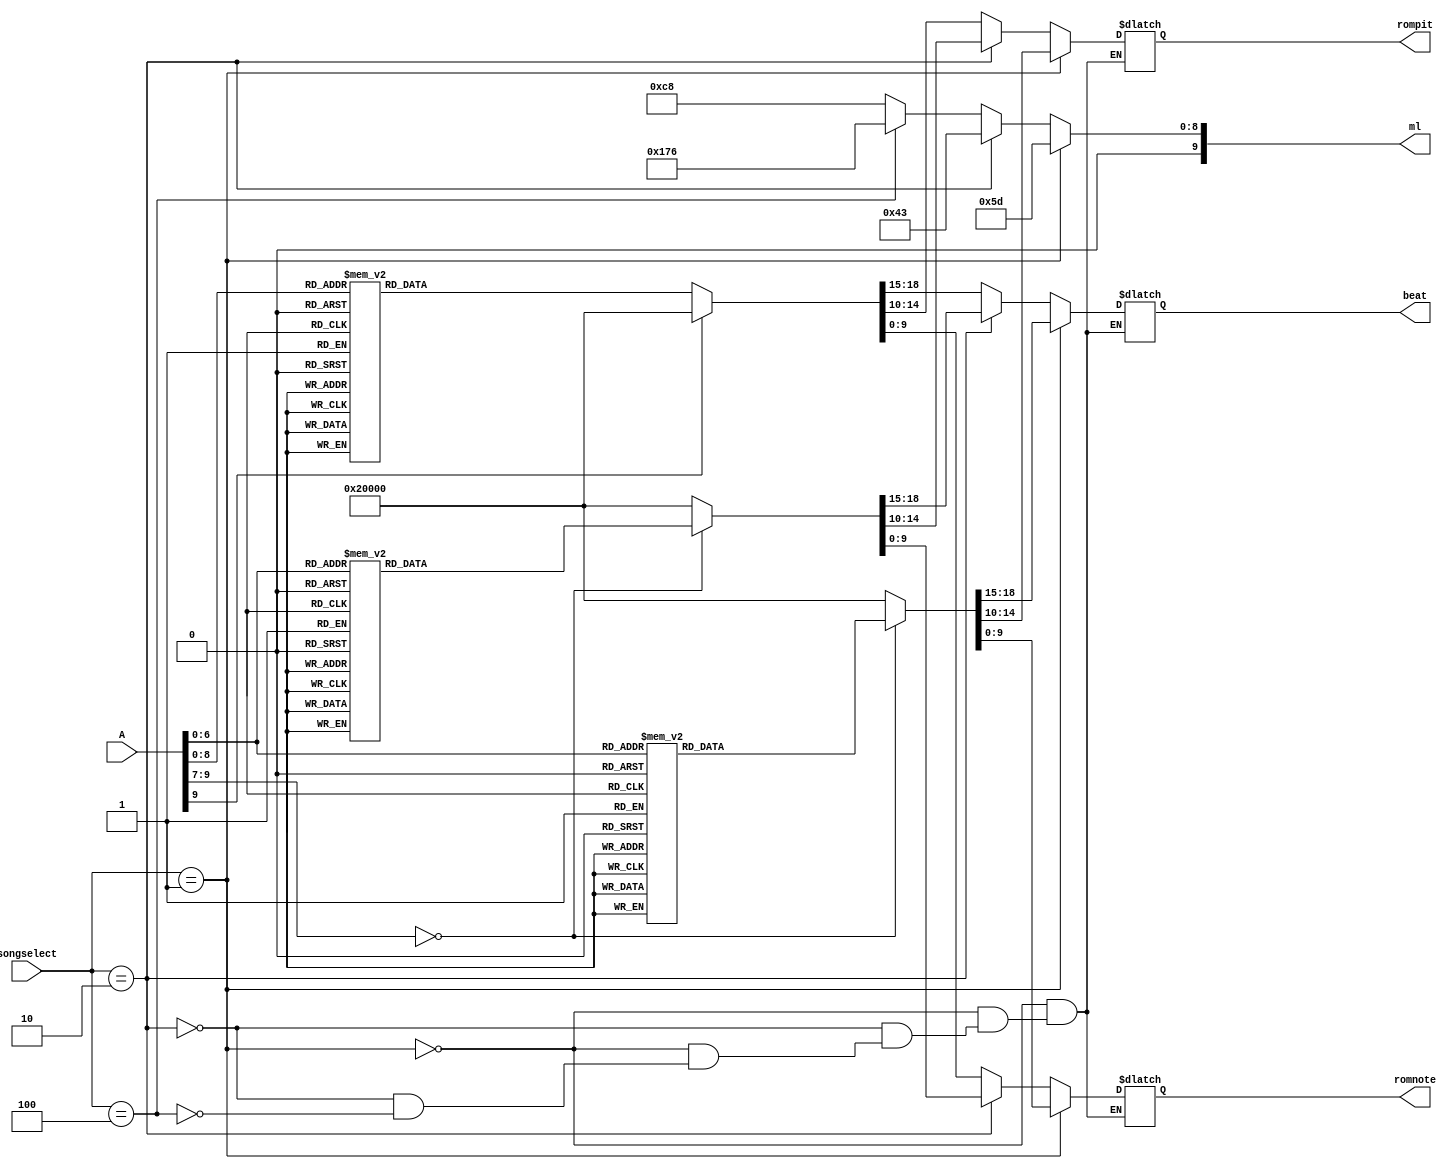
`timescale 1ns / 1ps
//////////////////////////////////////////////////////////////////////////////////
// Company: 
// Engineer: 
// 
// Design Name: 
// Module Name: Rom
// Project Name: 
// Target Devices: 
// Tool Versions: 
// Description: 
// 
// Dependencies: 
// 
// Revision:
// Revision 0.01 - File Created
// Additional Comments:
// 
//////////////////////////////////////////////////////////////////////////////////


module Rom(
    input[9:0] A,
    input [2:0]songselect,
    output reg[9:0] ml,
    output reg[9:0]  romnote,
    output reg[4:0]  rompit,
    output reg[3:0] beat
    );
    parameter ITV = 10'b0000000000;
    parameter H1 = 10'b1000000000;
    parameter M7 = 10'b0100000000;
    parameter M6 = 10'b0010000000;
    parameter M5 = 10'b0001000000;
    parameter M4 = 10'b0000100000;
    parameter M3 = 10'b0000010000;
    parameter M2 = 10'b0000001000;
    parameter M1 = 10'b0000000100;
    parameter L7 = 10'b0000000010;
    parameter L6 = 10'b0000000001;
    always@(A or songselect) begin
        if(songselect==3'b001) begin
            ml = 10'd93;
    case(A)
    0: begin romnote = L6; rompit = 17; beat = 4; end
    1: begin romnote = ITV; rompit = 17; beat = 4; end
    2: begin romnote = L6; rompit = 17; beat = 4; end
    3: begin romnote = M3; rompit = 17; beat = 4; end
    4: begin romnote = M2; rompit = 17; beat = 4; end
    5: begin romnote = ITV; rompit = 17; beat = 4; end
    6: begin romnote = M1; rompit = 17; beat = 4; end
    7: begin romnote = ITV; rompit = 17; beat = 4; end
    8: begin romnote = L7; rompit = 17; beat = 4; end
    9: begin romnote = ITV; rompit = 17; beat = 4; end
    10: begin romnote = L7; rompit = 17; beat = 2; end
    11: begin romnote = ITV; rompit = 17; beat = 2; end
    12: begin romnote = L7; rompit = 17; beat = 2; end
    13: begin romnote = ITV; rompit = 17; beat = 2; end
    14: begin romnote = M2; rompit = 17; beat = 4; end
    15: begin romnote = ITV; rompit = 17; beat = 4; end
    16: begin romnote = M1; rompit = 17; beat = 4; end
    17: begin romnote = L7; rompit = 17; beat = 4; end
    18: begin romnote = L6; rompit = 17; beat = 4; end
    19: begin romnote = ITV; rompit = 17; beat = 4; end
    20: begin romnote = L6; rompit = 17; beat = 4; end
    21: begin romnote = H1; rompit = 17; beat = 4; end
    22: begin romnote = M7; rompit = 17; beat = 4; end
    23: begin romnote = H1; rompit = 17; beat = 4; end
    24: begin romnote = M7; rompit = 17; beat = 4; end
    25: begin romnote = H1; rompit = 17; beat = 4; end
    26: begin romnote = L6; rompit = 17; beat = 4; end
    27: begin romnote = ITV; rompit = 17; beat = 4; end
    28: begin romnote = L6; rompit = 17; beat = 4; end
    29: begin romnote = H1; rompit = 17; beat = 4; end
    30: begin romnote = M7; rompit = 17; beat = 4; end
    31: begin romnote = H1; rompit = 17; beat = 4; end
    32: begin romnote = M7; rompit = 17; beat = 4; end
    33: begin romnote = H1; rompit = 17; beat = 4; end
    34: begin romnote = M1; rompit = 17; beat = 3; end
    35: begin romnote = ITV; rompit = 17; beat = 1; end
    36: begin romnote = M1; rompit = 17; beat = 3; end
    37: begin romnote = ITV; rompit = 17; beat = 1; end
    38: begin romnote = M1; rompit = 17; beat = 3; end
    39: begin romnote = ITV; rompit = 17; beat = 1; end
    40: begin romnote = M1; rompit = 17; beat = 3; end
    41: begin romnote = ITV; rompit = 17; beat = 1; end
    42: begin romnote = M3; rompit = 17; beat = 3; end
    43: begin romnote = ITV; rompit = 17; beat = 1; end
    44: begin romnote = M3; rompit = 17; beat = 3; end
    45: begin romnote = ITV; rompit = 17; beat = 1; end
    46: begin romnote = M3; rompit = 17; beat = 3; end
    47: begin romnote = ITV; rompit = 17; beat = 1; end
    48: begin romnote = M3; rompit = 17; beat = 3; end
    49: begin romnote = ITV; rompit = 17; beat = 1; end
    50: begin romnote = M2; rompit = 17; beat = 3; end
    51: begin romnote = ITV; rompit = 17; beat = 1; end
    52: begin romnote = M2; rompit = 17; beat = 3; end
    53: begin romnote = ITV; rompit = 17; beat = 1; end
    54: begin romnote = M2; rompit = 17; beat = 3; end
    55: begin romnote = ITV; rompit = 17; beat = 1; end
    56: begin romnote = M2; rompit = 17; beat = 3; end
    57: begin romnote = ITV; rompit = 17; beat = 1; end
    58: begin romnote = M5; rompit = 17; beat = 3; end
    59: begin romnote = ITV; rompit = 17; beat = 1; end
    60: begin romnote = M5; rompit = 17; beat = 3; end
    61: begin romnote = ITV; rompit = 17; beat = 1; end
    62: begin romnote = M5; rompit = 17; beat = 3; end
    63: begin romnote = ITV; rompit = 17; beat = 1; end
    64: begin romnote = M5; rompit = 17; beat = 3; end
    65: begin romnote = ITV; rompit = 17; beat = 1; end
    66: begin romnote = M6; rompit = 17; beat = 3; end
    67: begin romnote = ITV; rompit = 17; beat = 1; end
    68: begin romnote = M6; rompit = 17; beat = 3; end
    69: begin romnote = ITV; rompit = 17; beat = 1; end
    70: begin romnote = M6; rompit = 17; beat = 3; end
    71: begin romnote = ITV; rompit = 17; beat = 1; end
    72: begin romnote = M6; rompit = 17; beat = 3; end
    73: begin romnote = ITV; rompit = 17; beat = 1; end
    74: begin romnote = M6; rompit = 17; beat = 3; end
    75: begin romnote = ITV; rompit = 17; beat = 1; end
    76: begin romnote = M6; rompit = 17; beat = 3; end
    77: begin romnote = ITV; rompit = 17; beat = 1; end
    78: begin romnote = M6; rompit = 17; beat = 3; end
    79: begin romnote = ITV; rompit = 17; beat = 1; end
    80: begin romnote = M6; rompit = 17; beat = 3; end
    81: begin romnote = ITV; rompit = 17; beat = 1; end
    82: begin romnote = M6; rompit = 17; beat = 3; end
    83: begin romnote = ITV; rompit = 17; beat = 1; end
    84: begin romnote = M6; rompit = 17; beat = 3; end
    85: begin romnote = ITV; rompit = 17; beat = 1; end
    86: begin romnote = M6; rompit = 17; beat = 3; end
    87: begin romnote = ITV; rompit = 17; beat = 1; end
    88: begin romnote = M6; rompit = 17; beat = 3; end
    89: begin romnote = ITV; rompit = 17; beat = 1; end
    90: begin romnote = M2; rompit = 17; beat = 4; end
    91: begin romnote = M1; rompit = 17; beat = 4; end
    92: begin romnote = L7; rompit = 17; beat = 4; end
    93: begin romnote = L6; rompit = 15; beat = 4; end
    default:begin romnote = ITV;rompit = 0;beat = 4;end
    endcase
    end
    
    else if(songselect==3'b010) begin
        ml = 10'd67;
    case(A)
    0:begin romnote = ITV;rompit = 0;beat = 4;end
    1:begin romnote = ITV;rompit = 0;beat = 4;end    
    2:begin romnote = ITV;rompit = 0;beat = 4;end
    3:begin romnote = M6;rompit = 0;beat = 4;end
    4:begin romnote = M3;rompit = 12;beat = 3;end
    5:begin romnote = M3;rompit = 12;beat = 3;end
    6:begin romnote = M3;rompit = 12;beat = 3;end
    7:begin romnote = M3;rompit = 12;beat = 9;end
    8:begin romnote = ITV;rompit = 0;beat = 3;end
    9:begin romnote = M2;rompit = 12;beat = 4;end
    10:begin romnote = M1;rompit = 12;beat = 4;end
    11:begin romnote = M2;rompit = 12;beat = 4;end
    12:begin romnote = M1;rompit = 12;beat = 4;end
    13:begin romnote = L7;rompit = 12;beat = 4;end
    14:begin romnote = L6;rompit = 12;beat = 12;end
    15:begin romnote = ITV;rompit = 0;beat = 4;end
    16:begin romnote = M6;rompit = 12;beat = 3;end
    17:begin romnote = ITV;rompit = 0;beat = 1;end
    18:begin romnote = M6;rompit = 12;beat = 4;end
    19:begin romnote = ITV;rompit = 0;beat = 1;end
    20:begin romnote = M6;rompit = 12;beat = 3;end
    21:begin romnote = ITV;rompit = 0;beat = 1;end
    22:begin romnote = M6;rompit = 12;beat = 4;end
    23:begin romnote = ITV;rompit = 0;beat = 1;end
    24:begin romnote = M6;rompit = 12;beat = 9;end
    25:begin romnote = ITV;rompit = 0;beat = 2;end
    26:begin romnote = M5;rompit = 12;beat = 4;end
    27:begin romnote = M3;rompit = 12;beat = 4;end
    28:begin romnote = M5;rompit = 12;beat = 3;end
    29:begin romnote = M5;rompit = 12;beat = 3;end
    30:begin romnote = M4;rompit = 13;beat = 4;end
    31:begin romnote = M3;rompit = 12;beat = 12;end
    32:begin romnote = ITV;rompit = 0;beat = 1;end
    33:begin romnote = M3;rompit = 12;beat = 3;end
    34:begin romnote = M6;rompit = 12;beat = 3;end
    35:begin romnote = ITV;rompit = 0;beat = 1;end
    36:begin romnote = M6;rompit = 12;beat = 3;end
    37:begin romnote = ITV;rompit = 0;beat = 1;end
    38:begin romnote = M5;rompit = 12;beat = 3;end
    39:begin romnote = M3;rompit = 12;beat = 12;end
    40:begin romnote = M2;rompit = 12;beat = 3;end
    41:begin romnote = ITV;rompit = 0;beat = 1;end
    42:begin romnote = M1;rompit = 12;beat = 3;end
    43:begin romnote = ITV;rompit = 0;beat = 1;end
    44:begin romnote = M2;rompit = 12;beat = 3;end
    45:begin romnote = ITV;rompit = 0;beat = 1;end
    46:begin romnote = M1;rompit = 12;beat = 3;end
    47:begin romnote = L7;rompit = 12;beat = 3;end
    48:begin romnote = L6;rompit = 12;beat = 6;end
    49:begin romnote = M3;rompit = 0;beat = 6;end
    50:begin romnote = ITV;rompit = 0;beat = 1;end
    51:begin romnote = M3;rompit = 0;beat = 3;end
    52:begin romnote = ITV;rompit = 0;beat = 1;end
    53:begin romnote = H1;rompit = 0;beat = 3;end
    54:begin romnote = ITV;rompit = 0;beat = 1;end
    55:begin romnote = H1;rompit = 0;beat = 3;end 
    56:begin romnote = ITV;rompit = 0;beat = 1;end
    57:begin romnote = M7;rompit = 0;beat = 3;end
    58:begin romnote = ITV;rompit = 0;beat = 1;end
    59:begin romnote = M6;rompit = 0;beat = 12;end
    60:begin romnote = ITV;rompit = 0;beat = 1;end
    61:begin romnote = M3;rompit = 12;beat = 4;end
    62:begin romnote = M2;rompit = 12;beat = 4;end
    63:begin romnote = M1;rompit = 12;beat = 4;end
    64:begin romnote = M7;rompit = 0;beat = 4;end 
    65:begin romnote = M5;rompit = 0;beat = 4;end
    66:begin romnote = M6;rompit = 0;beat = 12;end
    67:begin romnote = ITV;rompit = 0;beat = 4;end
    default:begin romnote = ITV;rompit = 0;beat = 4;end
    endcase
    end
    else if(songselect==3'b100) begin
    ml = 10'd374;
    case(A)
    0: begin romnote = L6; rompit = 11; beat = 4; end
    1: begin romnote = ITV; rompit = 11; beat = 4; end
    2: begin romnote = L6; rompit = 11; beat = 4; end
    3: begin romnote = M1; rompit = 11; beat = 4; end
    4: begin romnote = ITV; rompit = 11; beat = 4; end
    5: begin romnote = M1; rompit = 11; beat = 4; end
    6: begin romnote = ITV; rompit = 11; beat = 4; end
    7: begin romnote = M2; rompit = 11; beat = 4; end
    8: begin romnote = ITV; rompit = 11; beat = 4; end
    9: begin romnote = M2; rompit = 11; beat = 4; end
    10: begin romnote = ITV; rompit = 11; beat = 4; end
    11: begin romnote = M5; rompit = 11; beat = 3; end
    12: begin romnote = ITV; rompit = 11; beat = 1; end
    13: begin romnote = M5; rompit = 11; beat = 4; end
    14: begin romnote = M4; rompit = 12; beat = 3; end
    15: begin romnote = ITV; rompit = 11; beat = 1; end
    16: begin romnote = M4; rompit = 12; beat = 6; end
    17: begin romnote = ITV; rompit = 11; beat = 2; end
    18: begin romnote = L6|M1; rompit = 11; beat = 4; end
    19: begin romnote = ITV; rompit = 11; beat = 4; end
    20: begin romnote = M1; rompit = 11; beat = 1; end
    21: begin romnote = ITV; rompit = 11; beat = 1; end
    22: begin romnote = M1; rompit = 11; beat = 1; end
    23: begin romnote = M1|M3; rompit = 11; beat = 4; end
    24: begin romnote = ITV; rompit = 11; beat = 4; end
    25: begin romnote = M1|M3; rompit = 11; beat = 4; end
    26: begin romnote = ITV; rompit = 11; beat = 4; end
    27: begin romnote = M1|M3; rompit = 11; beat = 4; end
    28: begin romnote = ITV; rompit = 11; beat = 4; end
    29: begin romnote = M2; rompit = 11; beat = 4; end
    30: begin romnote = ITV; rompit = 11; beat = 4; end
    31: begin romnote = M5; rompit = 11; beat = 3; end
    32: begin romnote = ITV; rompit = 11; beat = 1; end
    33: begin romnote = M5; rompit = 11; beat = 3; end
    34: begin romnote = ITV; rompit = 11; beat = 1; end
    35: begin romnote = M5; rompit = 11; beat = 3; end
    36: begin romnote = ITV; rompit = 11; beat = 1; end
    37: begin romnote = M4|M6; rompit = 11; beat = 6; end
    38: begin romnote = ITV; rompit = 11; beat = 2; end
    39: begin romnote = L6; rompit = 11; beat = 4; end
    40: begin romnote = ITV; rompit = 11; beat = 4; end
    41: begin romnote = L6; rompit = 11; beat = 4; end
    42: begin romnote = M1; rompit = 11; beat = 4; end
    43: begin romnote = ITV; rompit = 11; beat = 4; end
    44: begin romnote = M1; rompit = 11; beat = 4; end
    45: begin romnote = ITV; rompit = 11; beat = 4; end
    46: begin romnote = M2; rompit = 11; beat = 4; end
    47: begin romnote = ITV; rompit = 11; beat = 4; end
    48: begin romnote = M2; rompit = 11; beat = 4; end
    49: begin romnote = ITV; rompit = 11; beat = 4; end
    50: begin romnote = M5; rompit = 11; beat = 3; end
    51: begin romnote = ITV; rompit = 11; beat = 1; end
    52: begin romnote = M5; rompit = 11; beat = 4; end
    53: begin romnote = M4; rompit = 12; beat = 3; end
    54: begin romnote = ITV; rompit = 11; beat = 1; end
    55: begin romnote = M4; rompit = 12; beat = 6; end
    56: begin romnote = ITV; rompit = 11; beat = 2; end
    57: begin romnote = L6|M1; rompit = 11; beat = 4; end
    58: begin romnote = ITV; rompit = 11; beat = 4; end
    59: begin romnote = M1; rompit = 11; beat = 1; end
    60: begin romnote = ITV; rompit = 11; beat = 1; end
    61: begin romnote = M1; rompit = 11; beat = 1; end
    62: begin romnote = M1|M3; rompit = 11; beat = 4; end
    63: begin romnote = ITV; rompit = 11; beat = 4; end
    64: begin romnote = M1|M3; rompit = 11; beat = 4; end
    65: begin romnote = M5; rompit = 11; beat = 4; end
    66: begin romnote = ITV; rompit = 11; beat = 4; end
    67: begin romnote = M5; rompit = 11; beat = 4; end
    68: begin romnote = M4; rompit = 12; beat = 4; end
    69: begin romnote = ITV; rompit = 11; beat = 4; end
    70: begin romnote = M4; rompit = 12; beat = 12; end
    71: begin romnote = ITV; rompit = 11; beat = 8; end
    72: begin romnote = L6; rompit = 11; beat = 4; end
    73: begin romnote = ITV; rompit = 11; beat = 4; end
    74: begin romnote = M1; rompit = 11; beat = 4; end
    75: begin romnote = L6; rompit = 9; beat = 4; end
    76: begin romnote = ITV; rompit = 11; beat = 4; end
    77: begin romnote = L6; rompit = 11; beat = 2; end
    78: begin romnote = L6|L7; rompit = 11; beat = 2; end
    79: begin romnote = L6|M1; rompit = 11; beat = 2; end
    80: begin romnote = L6|L7; rompit = 11; beat = 2; end
    81: begin romnote = L6; rompit = 11; beat = 2; end
    82: begin romnote = L6; rompit = 9; beat = 2; end
    83: begin romnote = L6; rompit = 11; beat = 4; end
    84: begin romnote = ITV; rompit = 11; beat = 4; end
    85: begin romnote = M1; rompit = 11; beat = 4; end
    86: begin romnote = L6; rompit = 9; beat = 4; end
    87: begin romnote = ITV; rompit = 11; beat = 4; end
    88: begin romnote = L6; rompit = 11; beat = 4; end
    89: begin romnote = L6|M2; rompit = 6; beat = 4; end
    90: begin romnote = L6; rompit = 9; beat = 4; end
    91: begin romnote = L6; rompit = 11; beat = 4; end
    92: begin romnote = ITV; rompit = 11; beat = 4; end
    93: begin romnote = L6; rompit = 9; beat = 3; end
    94: begin romnote = ITV; rompit = 9; beat = 1; end
    95: begin romnote = L6|L7; rompit = 9; beat = 4; end
    96: begin romnote = ITV; rompit = 9; beat = 4; end
    97: begin romnote = L6; rompit = 7; beat = 4; end
    98: begin romnote = L6|M1; rompit = 7; beat = 4; end
    99: begin romnote = ITV; rompit = 11; beat = 4; end
    100: begin romnote = M1|M3; rompit = 6; beat = 4; end
    101: begin romnote = ITV; rompit = 11; beat = 4; end
    102: begin romnote = L6|L7; rompit = 11; beat = 3; end
    103: begin romnote = ITV; rompit = 11; beat = 1; end
    104: begin romnote = L6; rompit = 11; beat = 4; end
    105: begin romnote = L6; rompit = 11; beat = 4; end
    106: begin romnote = L6; rompit = 9; beat = 4; end
    107: begin romnote = M3; rompit = 11; beat = 4; end
    108: begin romnote = ITV; rompit = 11; beat = 4; end
    109: begin romnote = L6; rompit = 11; beat = 4; end
    110: begin romnote = ITV; rompit = 11; beat = 4; end
    111: begin romnote = M1; rompit = 11; beat = 4; end
    112: begin romnote = L6; rompit = 9; beat = 4; end
    113: begin romnote = ITV; rompit = 11; beat = 4; end
    114: begin romnote = L6; rompit = 11; beat = 2; end
    115: begin romnote = L6|L7; rompit = 11; beat = 2; end
    116: begin romnote = L6|M1; rompit = 11; beat = 2; end
    117: begin romnote = L6|L7; rompit = 11; beat = 2; end
    118: begin romnote = L6; rompit = 11; beat = 2; end
    119: begin romnote = L6; rompit = 9; beat = 2; end
    120: begin romnote = L6; rompit = 11; beat = 3; end
    121: begin romnote = ITV; rompit = 11; beat = 1; end
    122: begin romnote = L6; rompit = 11; beat = 4; end
    123: begin romnote = M1; rompit = 11; beat = 4; end
    124: begin romnote = L6; rompit = 11; beat = 4; end
    125: begin romnote = ITV; rompit = 11; beat = 4; end
    126: begin romnote = L6|M1; rompit = 11; beat = 4; end
    127: begin romnote = M1; rompit = 11; beat = 3; end
    128: begin romnote = ITV; rompit = 11; beat = 1; end
    129: begin romnote = M1; rompit = 11; beat = 4; end
    130: begin romnote = L7; rompit = 11; beat = 4; end
    131: begin romnote = ITV; rompit = 11; beat = 4; end
    132: begin romnote = M1|M3; rompit = 6; beat = 3; end
    133: begin romnote = ITV; rompit = 6; beat = 1; end
    134: begin romnote = M1|M3; rompit = 6; beat = 4; end
    135: begin romnote = ITV; rompit = 11; beat = 4; end
    136: begin romnote = M1|M2; rompit = 6; beat = 2; end
    137: begin romnote = M1|M3; rompit = 6; beat = 2; end
    138: begin romnote = M1; rompit = 11; beat = 2; end
    139: begin romnote = L7; rompit = 11; beat = 2; end
    140: begin romnote = L6; rompit = 11; beat = 2; end
    141: begin romnote = L6; rompit = 9; beat = 2; end
    142: begin romnote = L6; rompit = 11; beat = 4; end
    143: begin romnote = ITV; rompit = 11; beat = 4; end
    144: begin romnote = ITV; rompit = 11; beat = 4; end
    145: begin romnote = M3|M5; rompit = 11; beat = 4; end
    146: begin romnote = ITV; rompit = 11; beat = 4; end
    147: begin romnote = M2|M4; rompit = 11; beat = 4; end
    148: begin romnote = M1|M3; rompit = 11; beat = 4; end
    149: begin romnote = L7|M2; rompit = 11; beat = 4; end
    150: begin romnote = ITV; rompit = 11; beat = 4; end
    151: begin romnote = ITV; rompit = 11; beat = 4; end
    152: begin romnote = M5|M1; rompit = 11; beat = 3; end
    153: begin romnote = ITV; rompit = 11; beat = 1; end
    154: begin romnote = M5|M1; rompit = 11; beat = 4; end
    155: begin romnote = ITV; rompit = 11; beat = 4; end
    156: begin romnote = M2|L6; rompit = 11; beat = 4; end
    157: begin romnote = M2|L6; rompit = 11; beat = 4; end
    158: begin romnote = ITV; rompit = 11; beat = 4; end
    159: begin romnote = ITV; rompit = 11; beat = 4; end
    160: begin romnote = ITV; rompit = 11; beat = 4; end
    161: begin romnote = M5|M1; rompit = 11; beat = 3; end
    162: begin romnote = ITV; rompit = 11; beat = 1; end
    163: begin romnote = M5|M1; rompit = 11; beat = 4; end
    164: begin romnote = ITV; rompit = 11; beat = 4; end
    165: begin romnote = L6|M3; rompit = 11; beat = 4; end
    166: begin romnote = L6|M3; rompit = 11; beat = 4; end
    167: begin romnote = ITV; rompit = 11; beat = 4; end
    168: begin romnote = ITV; rompit = 11; beat = 4; end
    169: begin romnote = M1; rompit = 3; beat = 1; end
    170: begin romnote = ITV; rompit = 11; beat = 1; end
    171: begin romnote = M1; rompit = 3; beat = 2; end
    172: begin romnote = M1; rompit = 6; beat = 4; end
    173: begin romnote = M1; rompit = 3; beat = 4; end
    174: begin romnote = M1; rompit = 6; beat = 4; end
    175: begin romnote = M1; rompit = 3; beat = 4; end
    176: begin romnote = M1; rompit = 6; beat = 4; end
    177: begin romnote = L6; rompit = 11; beat = 4; end
    178: begin romnote = L6; rompit = 11; beat = 4; end
    179: begin romnote = ITV; rompit = 11; beat = 4; end
    180: begin romnote = ITV; rompit = 11; beat = 4; end
    181: begin romnote = M3|M5; rompit = 11; beat = 4; end
    182: begin romnote = ITV; rompit = 11; beat = 4; end
    183: begin romnote = M2|M4; rompit = 11; beat = 4; end
    184: begin romnote = M1|M3; rompit = 11; beat = 4; end
    185: begin romnote = L6|M2; rompit = 11; beat = 4; end
    186: begin romnote = ITV; rompit = 11; beat = 4; end
    187: begin romnote = ITV; rompit = 11; beat = 4; end
    188: begin romnote = M5|M1; rompit = 11; beat = 3; end
    189: begin romnote = ITV; rompit = 11; beat = 1; end
    190: begin romnote = M5|M1; rompit = 11; beat = 4; end
    191: begin romnote = ITV; rompit = 11; beat = 4; end
    192: begin romnote = M2|L6; rompit = 11; beat = 4; end
    193: begin romnote = M2|L6; rompit = 11; beat = 4; end
    194: begin romnote = ITV; rompit = 11; beat = 4; end
    195: begin romnote = ITV; rompit = 11; beat = 4; end
    196: begin romnote = ITV; rompit = 11; beat = 4; end
    197: begin romnote = M1; rompit = 11; beat = 4; end
    198: begin romnote = L7; rompit = 11; beat = 4; end
    199: begin romnote = L7; rompit = 11; beat = 4; end
    200: begin romnote = L6; rompit = 11; beat = 4; end
    201: begin romnote = L6; rompit = 9; beat = 4; end
    202: begin romnote = L6; rompit = 9; beat = 4; end
    203: begin romnote = L6|M3; rompit = 11; beat = 4; end
    204: begin romnote = L6|M3; rompit = 11; beat = 4; end
    205: begin romnote = L6|M3; rompit = 11; beat = 4; end
    206: begin romnote = L6|M3; rompit = 11; beat = 4; end
    207: begin romnote = L6|M3; rompit = 11; beat = 4; end
    208: begin romnote = L6|M3; rompit = 11; beat = 4; end
    209: begin romnote = ITV; rompit = 11; beat = 4; end
    210: begin romnote = ITV; rompit = 11; beat = 4; end
    211: begin romnote = ITV; rompit = 11; beat = 4; end
    212: begin romnote = L6; rompit = 11; beat = 4; end
    213: begin romnote = L7; rompit = 11; beat = 4; end
    214: begin romnote = M1; rompit = 11; beat = 4; end
    215: begin romnote = ITV; rompit = 11; beat = 4; end
    216: begin romnote = ITV; rompit = 11; beat = 4; end
    217: begin romnote = M1|M6; rompit = 11; beat = 3; end
    218: begin romnote = ITV; rompit = 11; beat = 1; end
    219: begin romnote = M1; rompit = 11; beat = 4; end
    220: begin romnote = L7; rompit = 11; beat = 4; end
    221: begin romnote = L6|M5; rompit = 11; beat = 4; end
    222: begin romnote = L6; rompit = 9; beat = 3; end
    223: begin romnote = ITV; rompit = 9; beat = 1; end
    224: begin romnote = L6; rompit = 9; beat = 4; end
    225: begin romnote = M3; rompit = 11; beat = 4; end
    226: begin romnote = L6; rompit = 11; beat = 3; end
    227: begin romnote = ITV; rompit = 11; beat = 1; end
    228: begin romnote = L6; rompit = 11; beat = 4; end
    229: begin romnote = ITV; rompit = 11; beat = 4; end
    230: begin romnote = M3; rompit = 11; beat = 4; end
    231: begin romnote = M2; rompit = 11; beat = 4; end
    232: begin romnote = M1; rompit = 11; beat = 4; end
    233: begin romnote = L7; rompit = 11; beat = 4; end
    234: begin romnote = M1; rompit = 11; beat = 4; end
    235: begin romnote = ITV; rompit = 11; beat = 4; end
    236: begin romnote = L7; rompit = 11; beat = 4; end
    237: begin romnote = M1; rompit = 11; beat = 4; end
    238: begin romnote = M2; rompit = 11; beat = 4; end
    239: begin romnote = M1; rompit = 11; beat = 4; end
    240: begin romnote = M2; rompit = 11; beat = 3; end
    241: begin romnote = ITV; rompit = 11; beat = 1; end
    242: begin romnote = M2; rompit = 11; beat = 4; end
    243: begin romnote = ITV; rompit = 11; beat = 4; end
    244: begin romnote = M3; rompit = 11; beat = 4; end
    245: begin romnote = M2|M5; rompit = 11; beat = 4; end
    246: begin romnote = ITV; rompit = 11; beat = 4; end
    247: begin romnote = M5; rompit = 11; beat = 4; end
    248: begin romnote = M1|M6; rompit = 8; beat = 4; end
    249: begin romnote = L7; rompit = 11; beat = 4; end
    250: begin romnote = M1; rompit = 11; beat = 4; end
    251: begin romnote = ITV; rompit = 11; beat = 4; end
    252: begin romnote = ITV; rompit = 11; beat = 4; end
    253: begin romnote = M1|M6; rompit = 11; beat = 3; end
    254: begin romnote = ITV; rompit = 11; beat = 1; end
    255: begin romnote = M1; rompit = 11; beat = 4; end
    256: begin romnote = L7; rompit = 11; beat = 4; end
    257: begin romnote = L6|M5; rompit = 11; beat = 4; end
    258: begin romnote = L6; rompit = 9; beat = 3; end
    259: begin romnote = ITV; rompit = 9; beat = 1; end
    260: begin romnote = L6; rompit = 9; beat = 4; end
    261: begin romnote = M3; rompit = 11; beat = 4; end
    262: begin romnote = L6; rompit = 11; beat = 3; end
    263: begin romnote = ITV; rompit = 11; beat = 1; end
    264: begin romnote = L6; rompit = 11; beat = 4; end
    265: begin romnote = ITV; rompit = 11; beat = 4; end
    266: begin romnote = M3; rompit = 11; beat = 4; end
    267: begin romnote = M2; rompit = 11; beat = 4; end
    268: begin romnote = M1; rompit = 11; beat = 4; end
    269: begin romnote = L7; rompit = 11; beat = 4; end
    270: begin romnote = M1; rompit = 11; beat = 4; end
    271: begin romnote = ITV; rompit = 11; beat = 4; end
    272: begin romnote = L7; rompit = 11; beat = 4; end
    273: begin romnote = M1; rompit = 11; beat = 4; end
    274: begin romnote = M2; rompit = 11; beat = 4; end
    275: begin romnote = M1; rompit = 11; beat = 4; end
    276: begin romnote = M2; rompit = 11; beat = 3; end
    277: begin romnote = ITV; rompit = 11; beat = 1; end
    278: begin romnote = M2; rompit = 11; beat = 4; end
    279: begin romnote = ITV; rompit = 11; beat = 4; end
    280: begin romnote = M3; rompit = 11; beat = 4; end
    281: begin romnote = M2|M6; rompit = 11; beat = 4; end
    282: begin romnote = ITV; rompit = 11; beat = 4; end
    283: begin romnote = ITV; rompit = 11; beat = 4; end
    284: begin romnote = ITV; rompit = 11; beat = 4; end
    285: begin romnote = ITV; rompit = 11; beat = 4; end
    286: begin romnote = ITV; rompit = 11; beat = 4; end
    287: begin romnote = ITV; rompit = 11; beat = 4; end
    288: begin romnote = M3|M7; rompit = 11; beat = 4; end
    289: begin romnote = M3; rompit = 11; beat = 4; end
    290: begin romnote = M3; rompit = 11; beat = 4; end
    291: begin romnote = M3; rompit = 11; beat = 4; end
    292: begin romnote = L6|M3; rompit = 11; beat = 4; end
    293: begin romnote = L7; rompit = 11; beat = 4; end
    294: begin romnote = M1; rompit = 11; beat = 4; end
    295: begin romnote = ITV; rompit = 11; beat = 4; end
    296: begin romnote = ITV; rompit = 11; beat = 4; end
    297: begin romnote = M1|M6; rompit = 11; beat = 3; end
    298: begin romnote = ITV; rompit = 11; beat = 1; end
    299: begin romnote = M1; rompit = 11; beat = 4; end
    300: begin romnote = L7; rompit = 11; beat = 4; end
    301: begin romnote = L6|M5; rompit = 11; beat = 4; end
    302: begin romnote = L6; rompit = 9; beat = 3; end
    303: begin romnote = ITV; rompit = 9; beat = 1; end
    304: begin romnote = L6; rompit = 9; beat = 4; end
    305: begin romnote = M3; rompit = 11; beat = 4; end
    306: begin romnote = L6; rompit = 11; beat = 3; end
    307: begin romnote = ITV; rompit = 11; beat = 1; end
    308: begin romnote = L6; rompit = 11; beat = 4; end
    309: begin romnote = ITV; rompit = 11; beat = 4; end
    310: begin romnote = M3; rompit = 11; beat = 4; end
    311: begin romnote = M2; rompit = 11; beat = 4; end
    312: begin romnote = M1|M2; rompit = 11; beat = 4; end
    313: begin romnote = L7; rompit = 11; beat = 4; end
    314: begin romnote = M1; rompit = 11; beat = 4; end
    315: begin romnote = ITV; rompit = 11; beat = 4; end
    316: begin romnote = L7; rompit = 11; beat = 4; end
    317: begin romnote = M1; rompit = 11; beat = 4; end
    318: begin romnote = M2; rompit = 11; beat = 4; end
    319: begin romnote = M1; rompit = 11; beat = 4; end
    320: begin romnote = M2; rompit = 11; beat = 3; end
    321: begin romnote = ITV; rompit = 11; beat = 1; end
    322: begin romnote = M2; rompit = 11; beat = 4; end
    323: begin romnote = ITV; rompit = 11; beat = 4; end
    324: begin romnote = M3; rompit = 11; beat = 4; end
    325: begin romnote = M2|M5; rompit = 11; beat = 4; end
    326: begin romnote = ITV; rompit = 11; beat = 4; end
    327: begin romnote = M5; rompit = 11; beat = 4; end
    328: begin romnote = M1|M6; rompit = 8; beat = 4; end
    329: begin romnote = L7; rompit = 11; beat = 4; end
    330: begin romnote = M1; rompit = 11; beat = 4; end
    331: begin romnote = ITV; rompit = 11; beat = 4; end
    332: begin romnote = ITV; rompit = 11; beat = 4; end
    333: begin romnote = M1|M6; rompit = 11; beat = 3; end
    334: begin romnote = ITV; rompit = 11; beat = 1; end
    335: begin romnote = M1; rompit = 11; beat = 4; end
    336: begin romnote = L7; rompit = 11; beat = 4; end
    337: begin romnote = L6|M5; rompit = 11; beat = 4; end
    338: begin romnote = L6; rompit = 9; beat = 3; end
    339: begin romnote = ITV; rompit = 9; beat = 1; end
    340: begin romnote = L6; rompit = 9; beat = 4; end
    341: begin romnote = M3; rompit = 11; beat = 4; end
    342: begin romnote = L6; rompit = 11; beat = 3; end
    343: begin romnote = ITV; rompit = 11; beat = 1; end
    344: begin romnote = L6; rompit = 11; beat = 4; end
    345: begin romnote = ITV; rompit = 11; beat = 4; end
    346: begin romnote = M3; rompit = 11; beat = 4; end
    347: begin romnote = M2; rompit = 11; beat = 4; end
    348: begin romnote = M1; rompit = 11; beat = 4; end
    349: begin romnote = L7; rompit = 11; beat = 4; end
    350: begin romnote = M1; rompit = 11; beat = 4; end
    351: begin romnote = ITV; rompit = 11; beat = 4; end
    352: begin romnote = L7; rompit = 11; beat = 4; end
    353: begin romnote = M1; rompit = 11; beat = 4; end
    354: begin romnote = M2; rompit = 11; beat = 4; end
    355: begin romnote = M1; rompit = 11; beat = 4; end
    356: begin romnote = M2; rompit = 11; beat = 3; end
    357: begin romnote = ITV; rompit = 11; beat = 1; end
    358: begin romnote = M2; rompit = 11; beat = 4; end
    359: begin romnote = ITV; rompit = 11; beat = 4; end
    360: begin romnote = M3; rompit = 11; beat = 4; end
    361: begin romnote = M2|M6; rompit = 11; beat = 4; end
    362: begin romnote = ITV; rompit = 11; beat = 4; end
    363: begin romnote = ITV; rompit = 11; beat = 4; end
    364: begin romnote = ITV; rompit = 11; beat = 4; end
    365: begin romnote = ITV; rompit = 11; beat = 4; end
    366: begin romnote = ITV; rompit = 11; beat = 4; end
    367: begin romnote = ITV; rompit = 11; beat = 4; end
    368: begin romnote = M3|M7; rompit = 11; beat = 4; end
    369: begin romnote = M3; rompit = 11; beat = 4; end
    370: begin romnote = M3; rompit = 11; beat = 4; end
    371: begin romnote = M3; rompit = 11; beat = 4; end
    372: begin romnote = M3; rompit = 11; beat = 4; end
    373: begin romnote = ITV; rompit = 11; beat = 4; end
    374: begin romnote = ITV; rompit = 11; beat = 4; end
    default:begin romnote = ITV;rompit = 0;beat = 4;end
    endcase
    end
     else 
      ml = 10'd200;
    end
endmodule